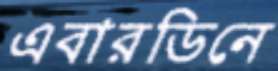
এবারডিনে